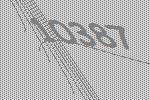
10387